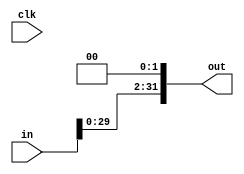
module shiftLeftBy2(clk, in, out);
input clk;
input [31:0] in;
output reg [31:0] out;

always @(in) begin
  out=in<<2;
end

endmodule